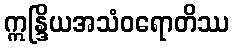
ဣန္ဒြိယအသံဝရောတိဿ